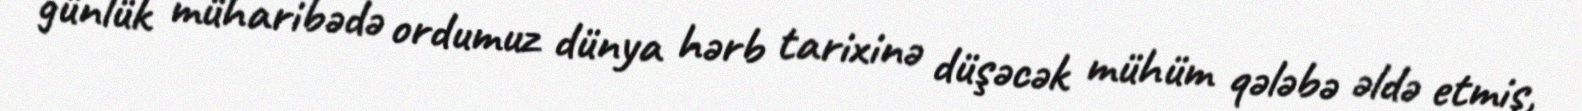
günlük müharibədə ordumuz dünya hərb tarixinə düşəcək mühüm qələbə əldə etmiş,